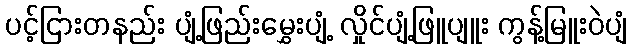
ပင့်ငြားတနည်း ပျံ့ဖြည်းမွှေးပျံ့ လှိုင်ပျံ့ဖြူပျူး ကွန့်မြူးဝဲပျံ